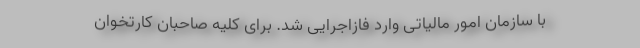
با سازمان امور مالیاتی وارد فازاجرایی شد. برای کلیه صاحبان کارتخوان